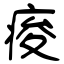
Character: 痠